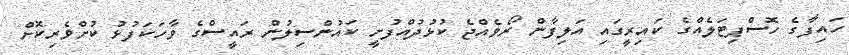
ހައިފާގެ ހޮސްޕިޓަލެއްގެ ކައިރީގައި އަލިފާން ރޯވެއްޖެ ކުޅުދުއްފުށީ ކައުންސިލުން ރައީސްގެ ވާހަކަފުޅު ކުށްވެރިކޮށް